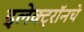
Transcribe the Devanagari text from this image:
इलेक्ट्रॉनचे